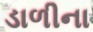
ડાળીના